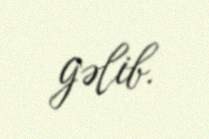
gəlib.